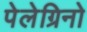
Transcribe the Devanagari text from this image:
पेलेग्रिनो